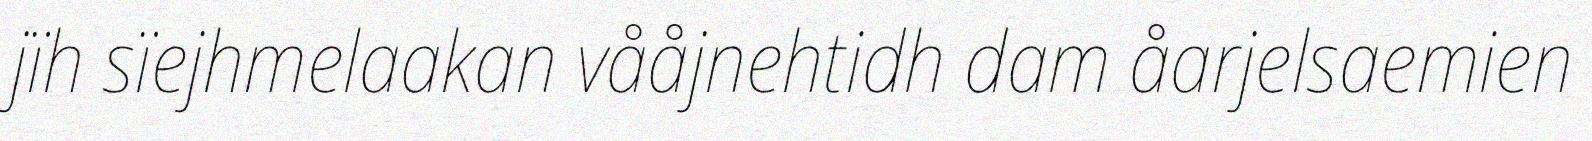
jïh sïejhmelaakan vååjnehtidh dam åarjelsaemien